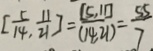
[ \frac { 5 } { 1 4 } , \frac { 1 1 } { 2 1 } ] = \frac { [ 5 , 1 1 ] } { ( 1 4 , 2 1 ) } = \frac { 5 5 } { 7 }